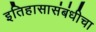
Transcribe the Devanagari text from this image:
इतिहासासंबंधीचा